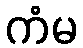
ကံမ